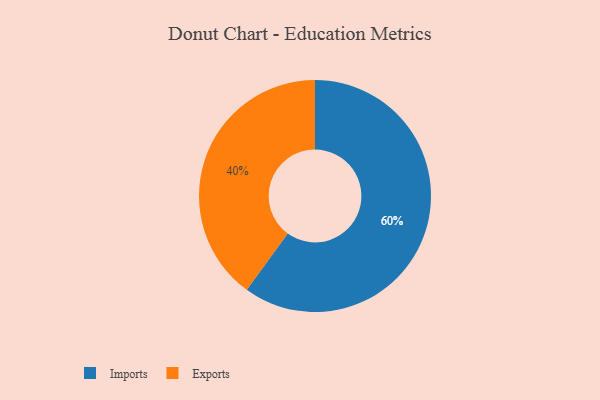
{"axis": {"x": "Category", "y": "Percentage"}, "legend": ["Exports", "Imports"], "data": [{"x": "Imports", "y": 60, "type": "Imports"}, {"x": "Exports", "y": 40, "type": "Exports"}]}